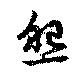
照